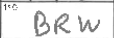
Transcription: BRW